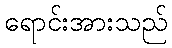
ရောင်းအားသည်